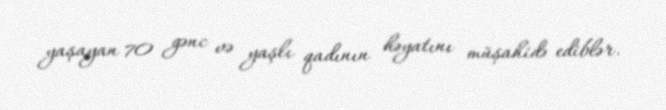
yaşayan 70 gənc və yaşlı qadının həyatını müşahidə ediblər.